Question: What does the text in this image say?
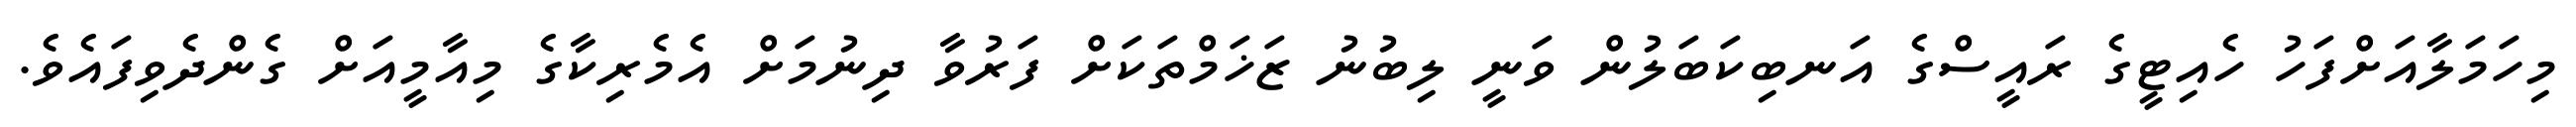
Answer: މިހަމަލާއަށްފަހު ހެއިޓީގެ ރައީސްގެ އަނބިކަބަލުން ވަނީ ލިބުނު ޒަޚަމްތަކަށް ފަރުވާ ދިނުމަށް އެމެރިކާގެ މިއާމީއަށް ގެންދެވިފައެވެ.